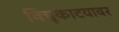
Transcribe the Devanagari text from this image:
विंचूकाटयावर